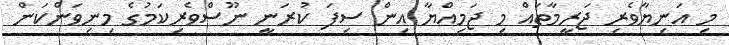
މި އަނިޔާވެރި ޖަރީމާތައް މި ޖަމިއްޔާ އިން ސިފަ ކުރަނީ ނޫސްވެރިކަމުގެ މިނިވަންކަން